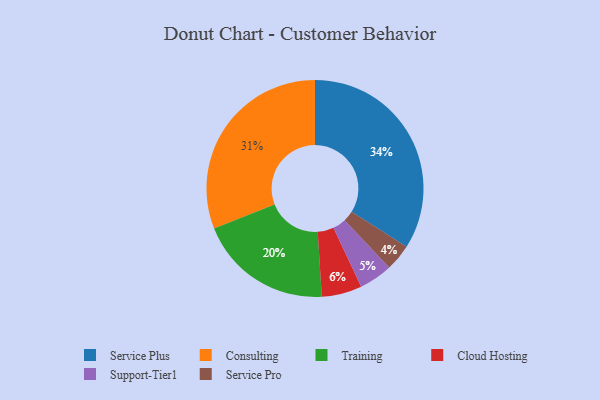
{"axis": {"x": "Category", "y": "Percentage"}, "legend": ["Cloud Hosting", "Consulting", "Service Plus", "Service Pro", "Support-Tier1", "Training"], "data": [{"x": "Service Plus", "y": 34, "type": "Service Plus"}, {"x": "Support-Tier1", "y": 5, "type": "Support-Tier1"}, {"x": "Consulting", "y": 31, "type": "Consulting"}, {"x": "Cloud Hosting", "y": 6, "type": "Cloud Hosting"}, {"x": "Training", "y": 20, "type": "Training"}, {"x": "Service Pro", "y": 4, "type": "Service Pro"}]}